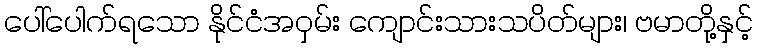
ပေါ်ပေါက်ရသော နိုင်ငံအဝှမ်း ကျောင်းသားသပိတ်များ၊ ဗမာတို့နှင့်